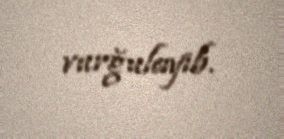
vurğulayıb.